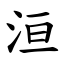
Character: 洹